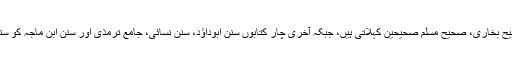
پہلی دو کتابیں صحیح بخاری، صحیح مسلم صحیحین کہلاتی ہیں، جبکہ آخری چار کتابوں سنن ابوداؤد، سنن نسائی، جامع ترمذی اور سنن ابن ماجہ کو سنن اربعہ کہتے ہیں۔